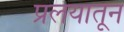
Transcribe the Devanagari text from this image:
प्रलयातून